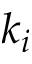
k _ { i }